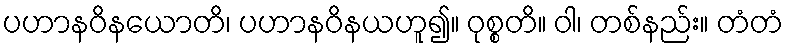
ပဟာနဝိနယောတိ၊ ပဟာနဝိနယဟူ၍။ ဝုစ္စတိ။ ဝါ၊ တစ်နည်း။ တံတံ